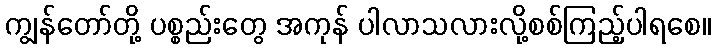
ကျွန်တော်တို့ ပစ္စည်းတွေ အကုန် ပါလာသလားလို့စစ်ကြည့်ပါရစေ။